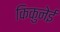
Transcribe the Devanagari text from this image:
किकुनेई